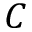
C